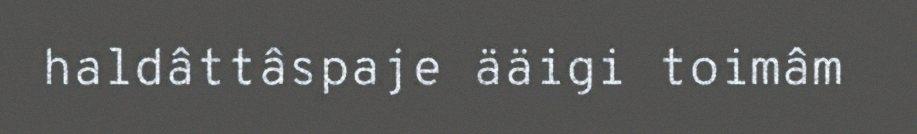
haldâttâspaje ääigi toimâm